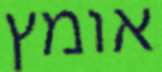
אומץ